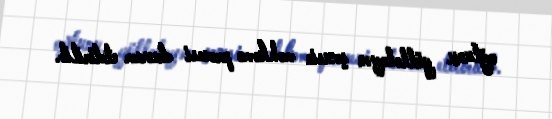
oğlunu güllələyən şəxsin məhkəmə prosesi davam etdirilib.